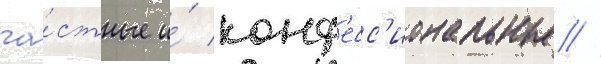
ча́стные и́ конф'есс'иональные //